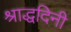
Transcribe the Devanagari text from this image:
श्राद्धदिनी